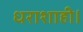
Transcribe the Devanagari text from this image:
धराशाही।